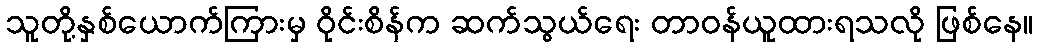
သူတို့နှစ်ယောက်ကြားမှ ဝိုင်းစိန်က ဆက်သွယ်ရေး တာဝန်ယူထားရသလို ဖြစ်နေ။